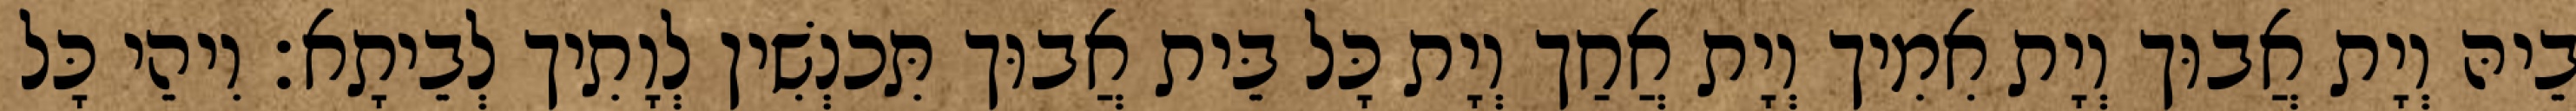
בֵיהּ וְיָת אֲבוּך וְיָת אִמִיך וְיָת אֲחַך וְיָת כָּל בֵּית אֲבוּך תִּכנְשִׁין לְוָתִיך לְבֵיתָא׃ וִיהֵי כָּל